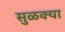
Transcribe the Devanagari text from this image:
सुळक्या